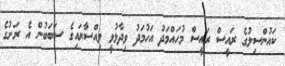
ކައުންސިލުގެ ރައީސް ރައީސް މުހައްމަދު އަހުމަދު ވިދާޅުވީ ވިއްސާރައިގެ ސަބަބުން އެ ރަށުގެ